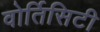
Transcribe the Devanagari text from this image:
वोर्तिसिटी